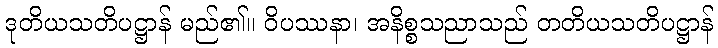
ဒုတိယသတိပဋ္ဌာန် မည်၏။ ဝိပဿနာ၊ အနိစ္စသညာသည် တတိယသတိပဋ္ဌာန်